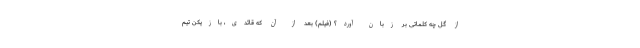
از گل چه کلماتی بر زبان آورد؟ (فیلم) بعد از آن که قائدی، بازیکن تیم